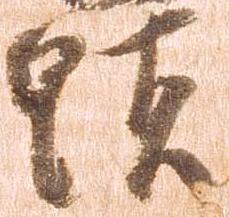
顕